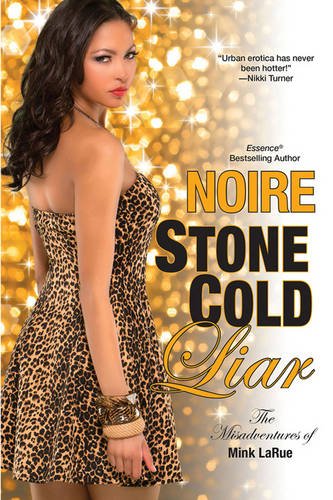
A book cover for Stone Cold Liar (Misadventures of Mink LaRue); Noire; Romance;